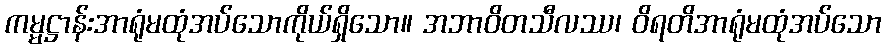
ကမ္မဋ္ဌာန်းအာရုံမထုံအပ်သောကိုယ်ရှိသော။ အဘာဝိတသီလဿ၊ ဝိရတိအာရုံမထုံအပ်သော